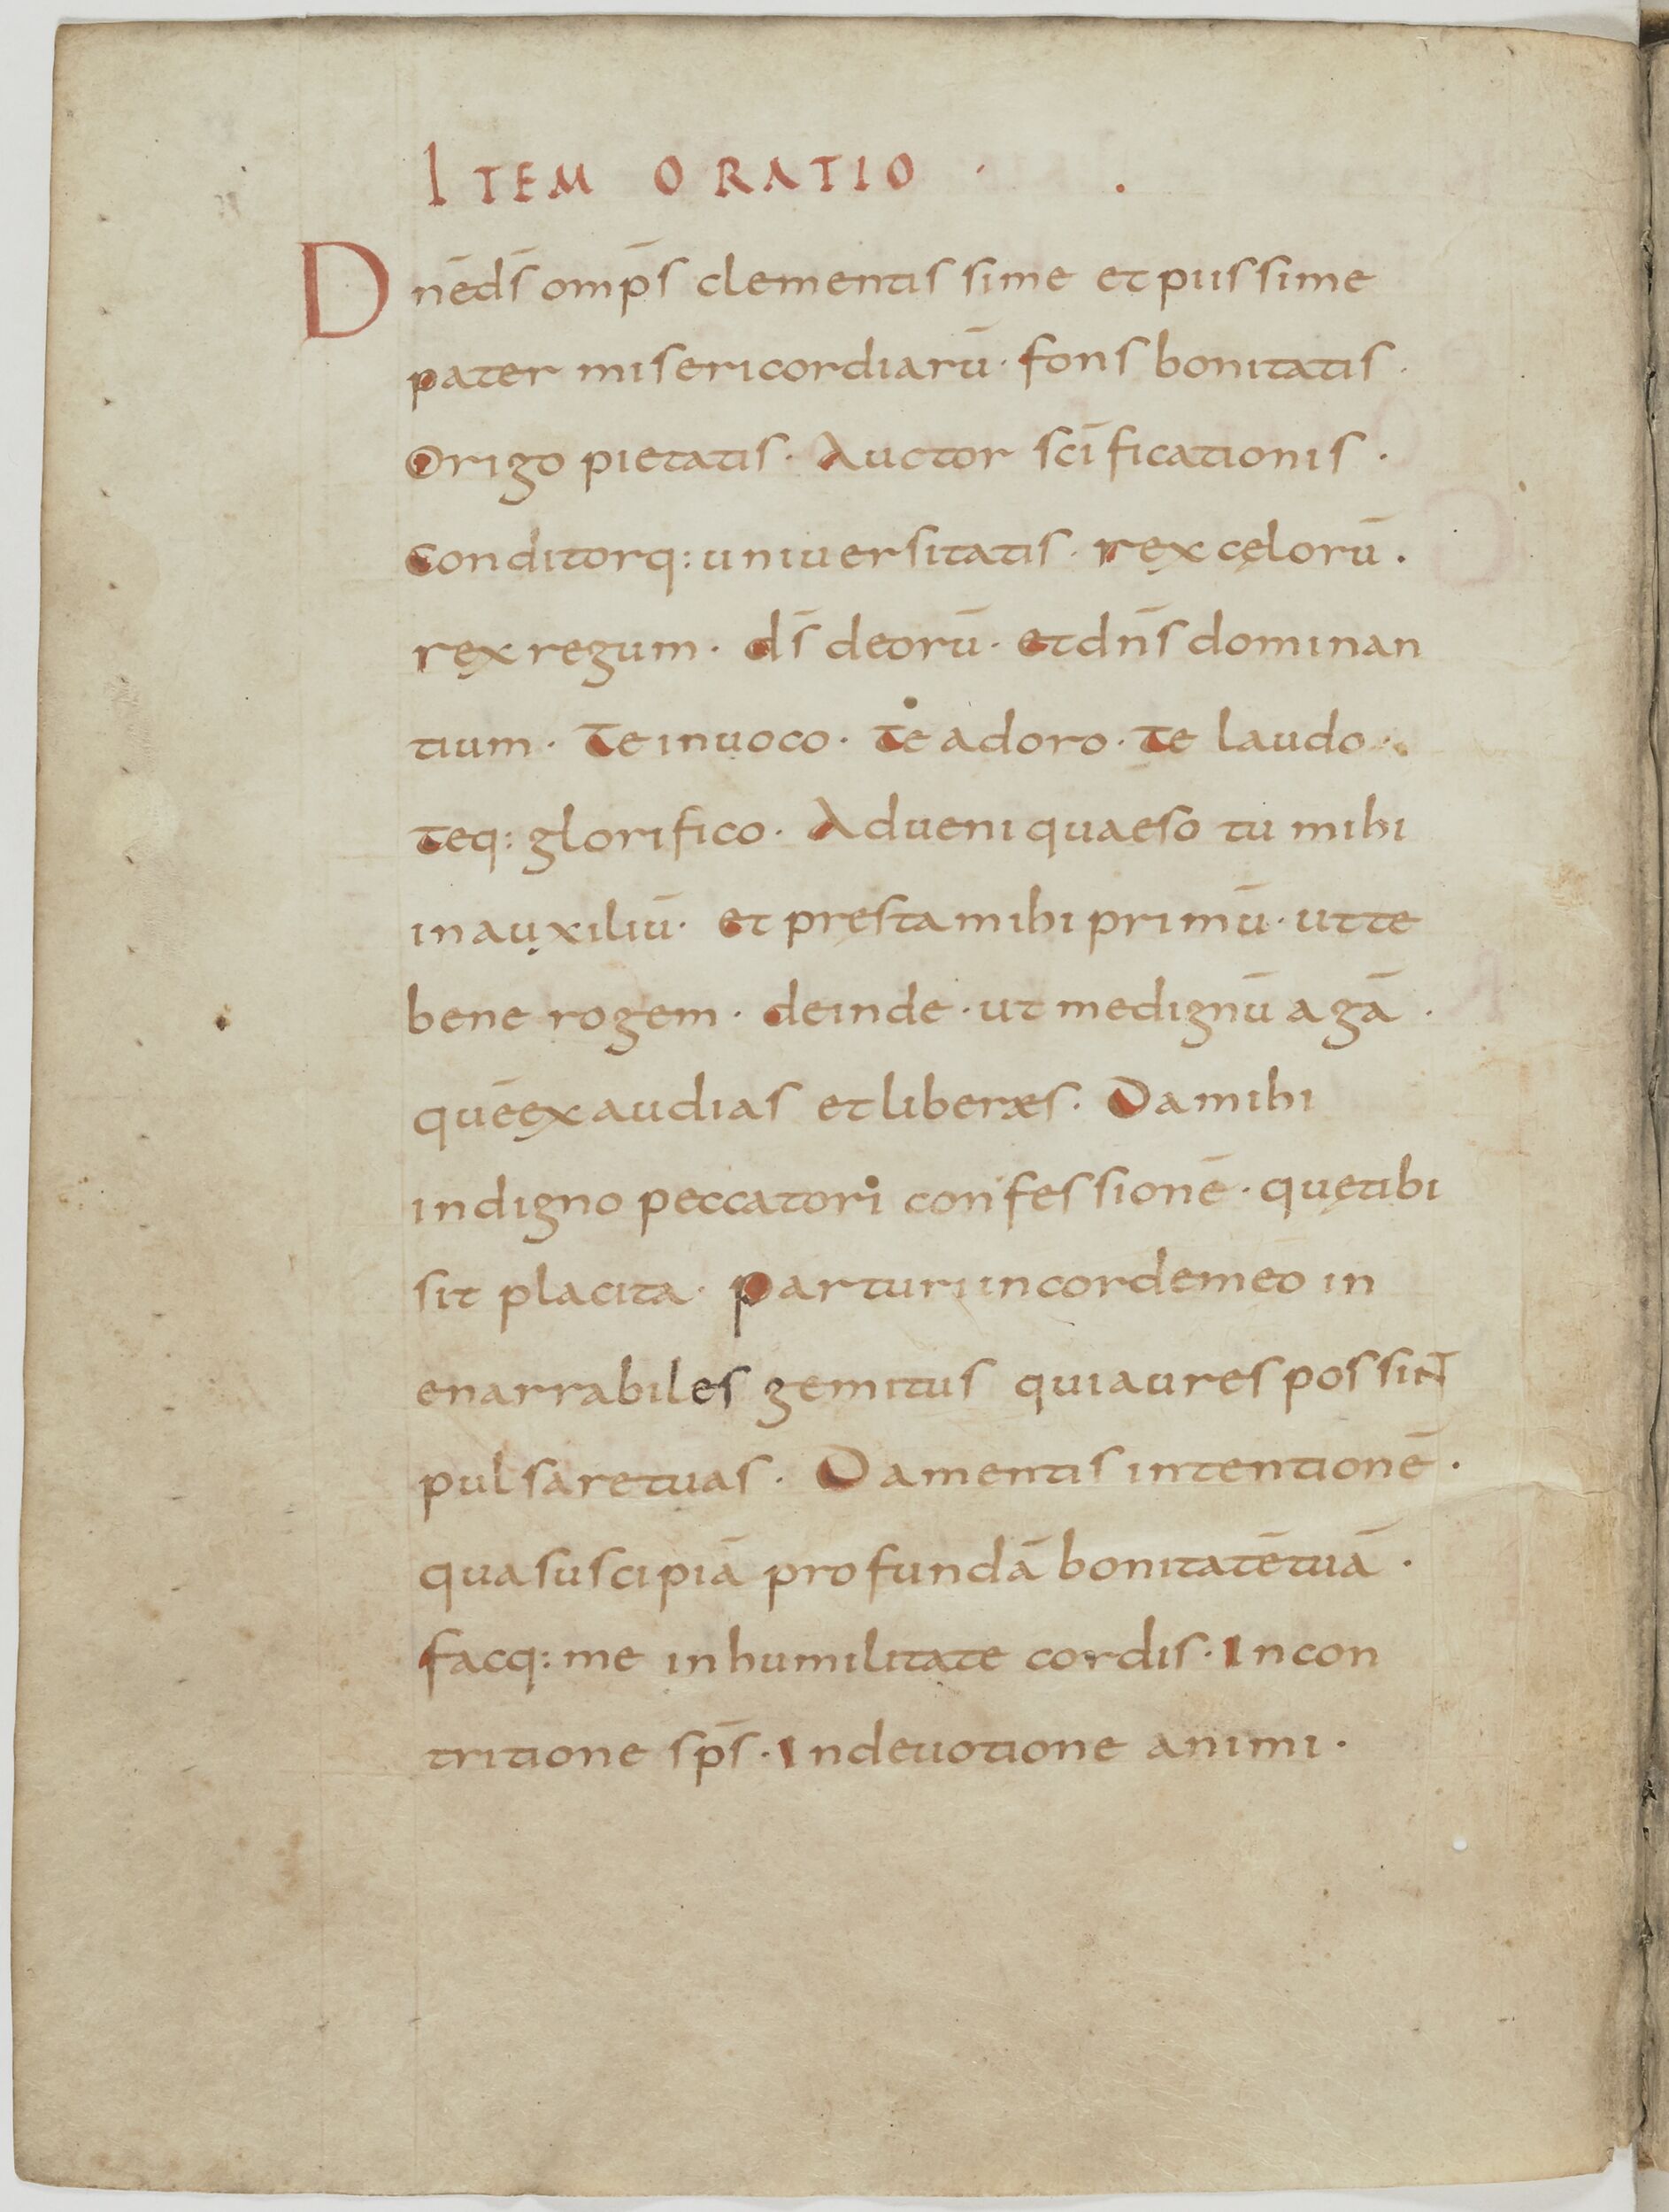
Shelfmark: Paris, BnF, lat. 13388
Century: 9